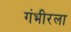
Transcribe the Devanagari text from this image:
गंभीरला